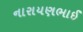
નારાયણભાઈ